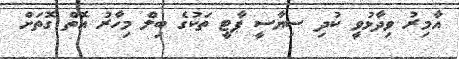
އާމިރު ވިދާޅުވީ ކުދި ސިޔާސީ ޕާޓީ ތަކުގެ ބިލް މިހާރު އޮތް ގޮތަށް